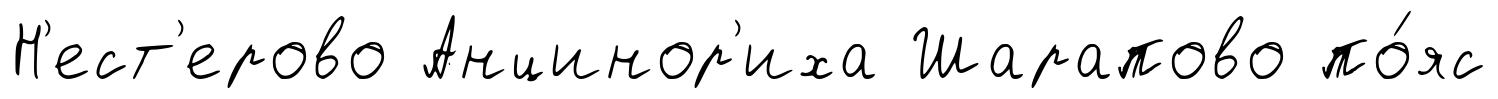
Н'ест'ерово Анцинор'иха Шарапово по́яс